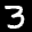
Label: 3